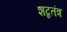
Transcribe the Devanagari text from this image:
शब्दतंत्र